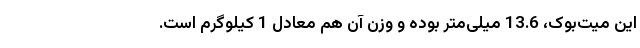
این میت‌بوک‌، 13.6 میلی‌متر بوده و وزن آن هم معادل 1 کیلوگرم است.